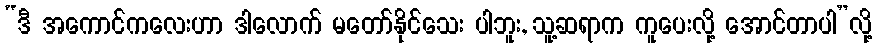
“ဒီ အကောင်ကလေးဟာ ဒါလောက် မတော်နိုင်သေး ပါဘူး, သူ့ဆရာက ကူပေးလို့ အောင်တာပါ”လို့